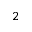
2